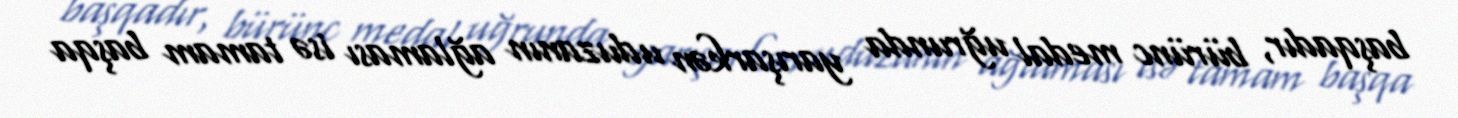
başqadır, bürünc medal uğrunda yarışarkən uduzanın ağlaması isə tamam başqa